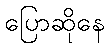
ပြောဆိုနေ